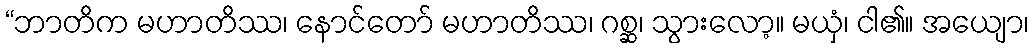
“ဘာတိက မဟာတိဿ၊ နောင်တော် မဟာတိဿ၊ ဂစ္ဆ၊ သွားလော့။ မယှံ၊ ငါ၏။ အယျော၊